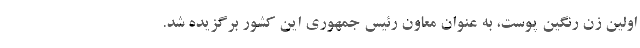
اولین زن رنگین پوست، به عنوان معاون رئیس جمهوری این کشور برگزیده شد.